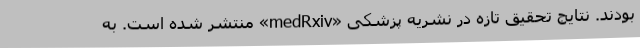
بودند. نتایج تحقیق تازه در نشریه پزشکی «medRxiv» منتشر شده است. به